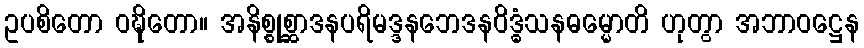
ဥပစိတော ဝဍ္ဎိတော။ အနိစ္စုစ္ဆာဒနပရိမဒ္ဒနဘေဒနဝိဒ္ဓံသနဓမ္မောတိ ဟုတွာ အဘာဝဋ္ဌေန